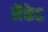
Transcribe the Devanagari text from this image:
मैकेऽ